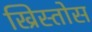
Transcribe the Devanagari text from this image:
ख्रिस्तोस